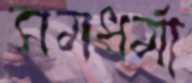
সমধর্মা